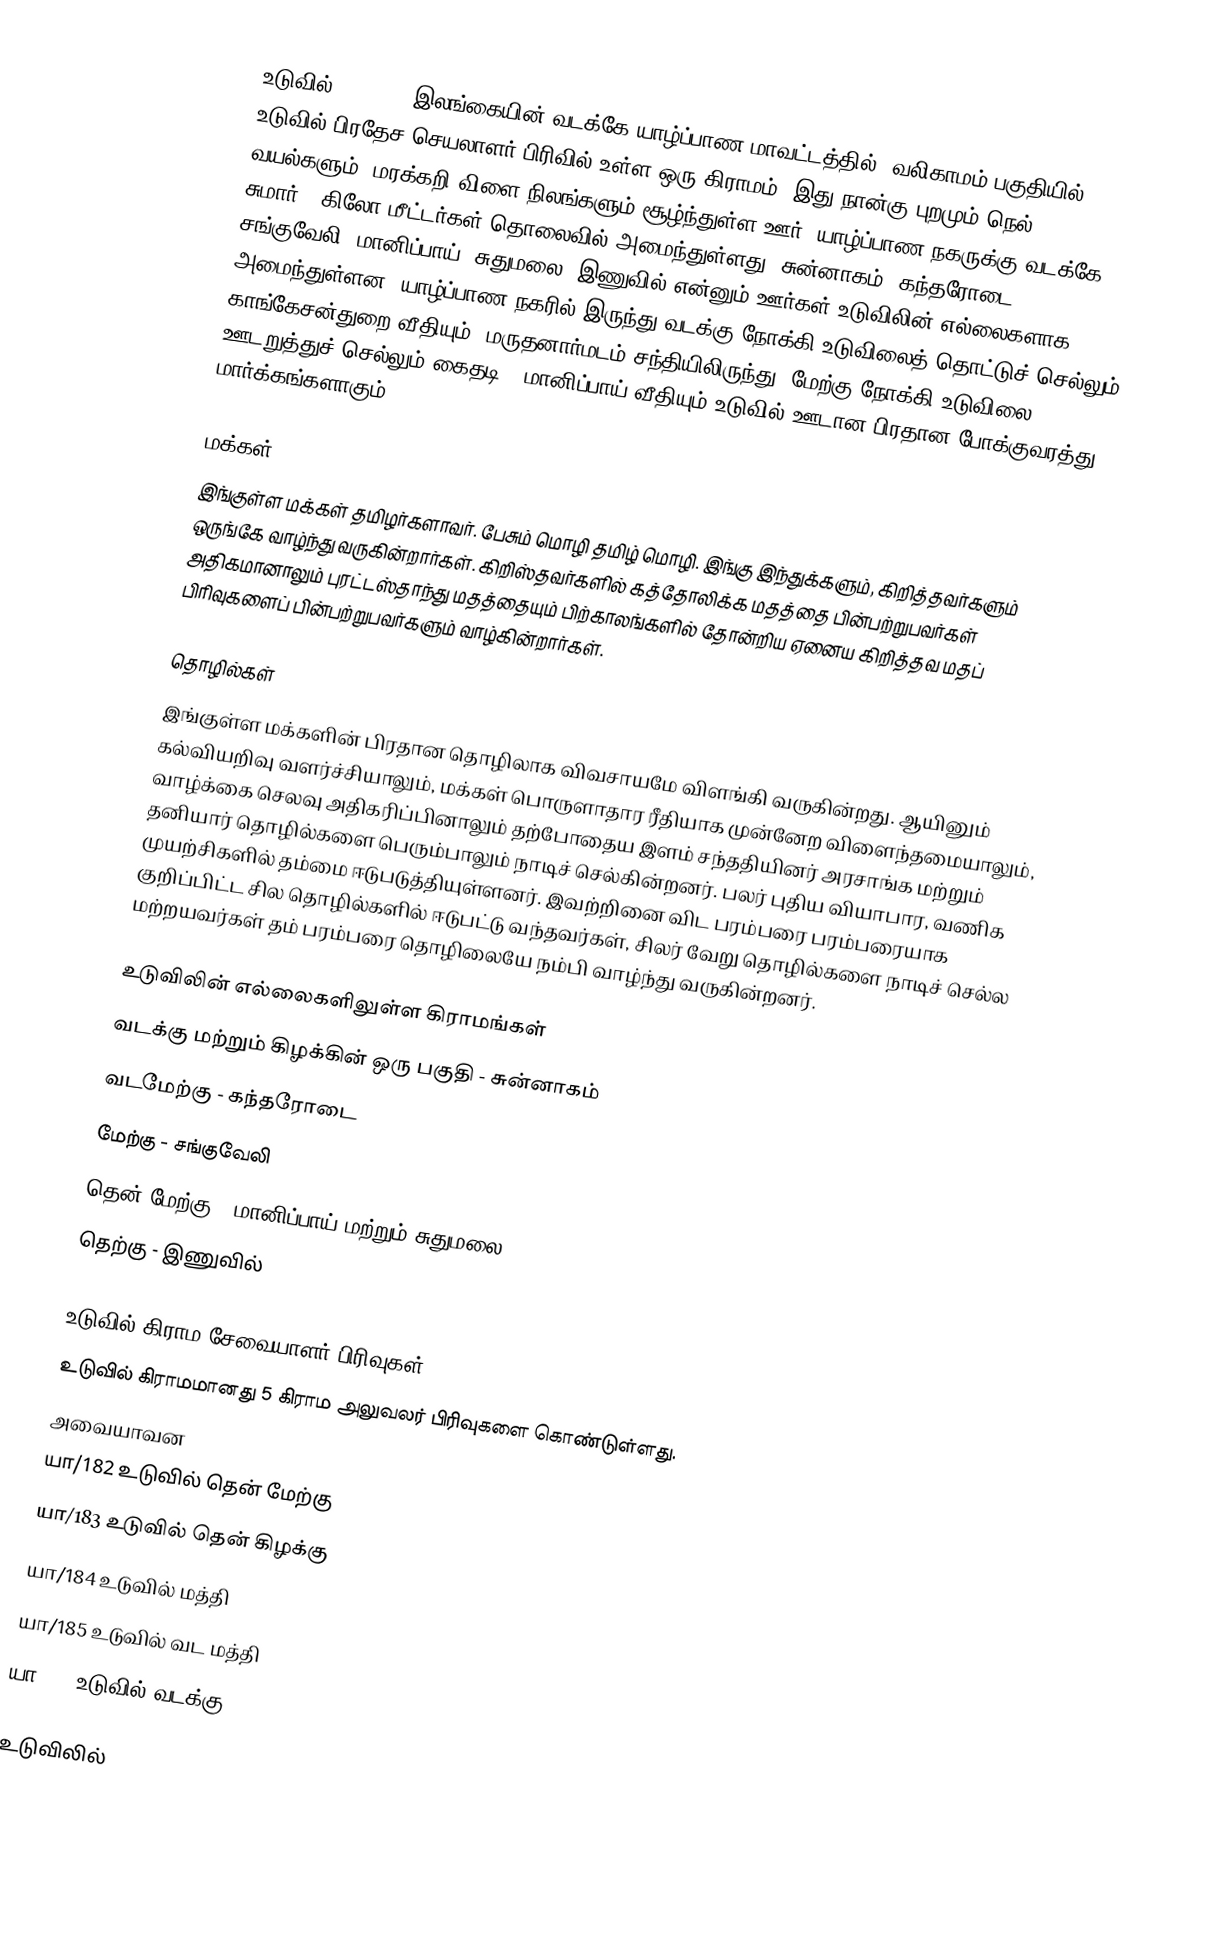
உடுவில் (Uduvil) இலங்கையின் வடக்கே யாழ்ப்பாண மாவட்டத்தில், வலிகாமம் பகுதியில், உடுவில் பிரதேச செயலாளர் பிரிவில்  உள்ள ஒரு கிராமம். இது நான்கு புறமும் நெல் வயல்களும், மரக்கறி விளை நிலங்களும் சூழ்ந்துள்ள ஊர். யாழ்ப்பாண நகருக்கு வடக்கே சுமார் 8 கிலோ மீட்டர்கள் தொலைவில் அமைந்துள்ளது. சுன்னாகம், கந்தரோடை, சங்குவேலி, மானிப்பாய், சுதுமலை, இணுவில் என்னும் ஊர்கள் உடுவிலின் எல்லைகளாக அமைந்துள்ளன. யாழ்ப்பாண நகரில் இருந்து வடக்கு நோக்கி உடுவிலைத் தொட்டுச் செல்லும் காங்கேசன்துறை வீதியும், மருதனார்மடம் சந்தியிலிருந்து, மேற்கு நோக்கி  உடுவிலை ஊடறுத்துச் செல்லும் கைதடி - மானிப்பாய் வீதியும் உடுவில் ஊடான பிரதான போக்குவரத்து மார்க்கங்களாகும்.

மக்கள்
இங்குள்ள மக்கள் தமிழர்களாவர். பேசும் மொழி தமிழ் மொழி. இங்கு இந்துக்களும், கிறித்தவர்களும் ஒருங்கே  வாழ்ந்து வருகின்றார்கள். கிறிஸ்தவர்களில் கத்தோலிக்க மதத்தை பின்பற்றுபவர்கள் அதிகமானாலும் புரட்டஸ்தாந்து மதத்தையும் பிற்காலங்களில் தோன்றிய ஏனைய கிறித்தவ மதப் பிரிவுகளைப் பின்பற்றுபவர்களும் வாழ்கின்றார்கள்.

தொழில்கள்
இங்குள்ள மக்களின் பிரதான தொழிலாக விவசாயமே விளங்கி வருகின்றது. ஆயினும் கல்வியறிவு வளர்ச்சியாலும், மக்கள் பொருளாதார ரீதியாக முன்னேற விளைந்தமையாலும், வாழ்க்கை செலவு அதிகரிப்பினாலும் தற்போதைய இளம் சந்ததியினர் அரசாங்க மற்றும் தனியார் தொழில்களை பெரும்பாலும் நாடிச் செல்கின்றனர். பலர் புதிய வியாபார, வணிக முயற்சிகளில் தம்மை ஈடுபடுத்தியுள்ளனர். இவற்றினை விட பரம்பரை பரம்பரையாக குறிப்பிட்ட சில தொழில்களில் ஈடுபட்டு வந்தவர்கள், சிலர் வேறு தொழில்களை நாடிச் செல்ல மற்றயவர்கள் தம் பரம்பரை தொழிலையே நம்பி வாழ்ந்து வருகின்றனர்.

உடுவிலின் எல்லைகளிலுள்ள கிராமங்கள்
வடக்கு மற்றும் கிழக்கின் ஒரு பகுதி - சுன்னாகம்
வடமேற்கு - கந்தரோடை
மேற்கு - சங்குவேலி
தென் மேற்கு - மானிப்பாய் மற்றும் சுதுமலை
தெற்கு  -  இணுவில்

உடுவில் கிராம சேவையாளர் பிரிவுகள்
உடுவில் கிராமமானது 5 கிராம அலுவலர் பிரிவுகளை  கொண்டுள்ளது.
அவையாவன
யா/182                       உடுவில் தென் மேற்கு
யா/183                       உடுவில் தென் கிழக்கு
யா/184                       உடுவில் மத்தி
யா/185                       உடுவில் வட மத்தி
யா/186                       உடுவில் வடக்கு

உடுவிலில்